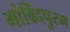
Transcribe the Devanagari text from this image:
गोविंदपुरम